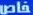
خاص